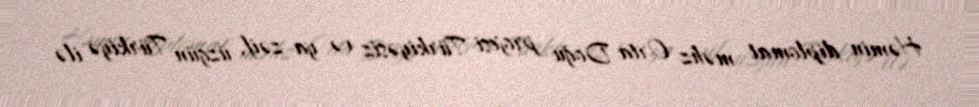
Həmin diplomat məhz Orta Doğu projesi Türkiyəsiz və ya zəif, üzgün Türkiyə ilə